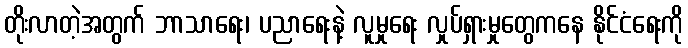
တိုးလာတဲ့အတွက် ဘာသာရေး၊ ပညာရေးနဲ့ လူမှုရေး လှုပ်ရှားမှုတွေကနေ နိုင်ငံရေးကို